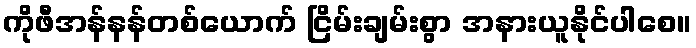
ကိုဖီအန်နန်တစ်ယောက် ငြိမ်းချမ်းစွာ အနားယူနိုင်ပါစေ။